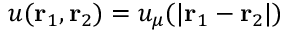
u ( { \mathbf { r } _ { 1 } } , { \mathbf { r } _ { 2 } } ) = u _ { \mu } ( | { \bf r } _ { 1 } - { \bf r } _ { 2 } | )